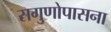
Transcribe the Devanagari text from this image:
सगुणोपासना